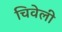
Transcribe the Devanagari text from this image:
चिवेली